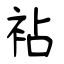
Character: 袩